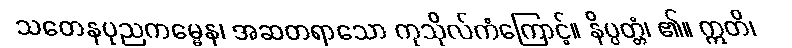
သတေနပုညကမ္မေန၊ အဆတရာသော ကုသိုလ်ကံကြောင့်။ နိပ္ပတ္တံ၊ ၏။ ဣတိ၊